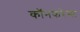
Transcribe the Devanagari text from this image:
कॉनफरेन्स